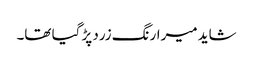
شاید میرارنگ زرد پڑ گیا تھا۔